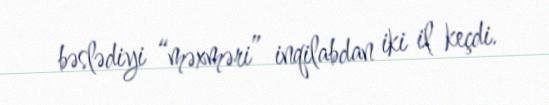
bəslədiyi “məxməri” inqilabdan iki il keçdi.